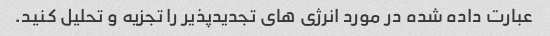
عبارت داده شده در مورد انرژی های تجدیدپذیر را تجزیه و تحلیل کنید.